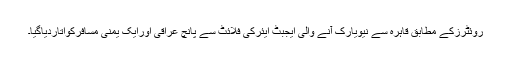
روئٹرزکے مطابق قاہرہ سے نیویارک آنے والی ایجبٹ ایئرکی فلائٹ سے پانچ عراقی اورایک یمنی مسافرکواتاردیاگیا۔